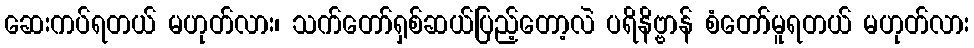
ဆေးကပ်ရတယ် မဟုတ်လား၊ သက်တော်ရှစ်ဆယ်ပြည့်တော့လဲ ပရိနိဗ္ဗာန် စံတော်မူရတယ် မဟုတ်လား